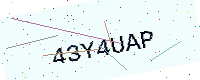
Text: 43Y4UAP